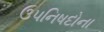
ઉપનિષદોના